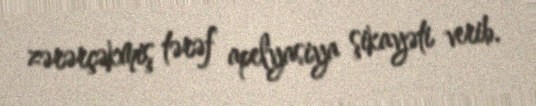
zərərçəkmiş tərəf apelyasiya şikayəti verib.